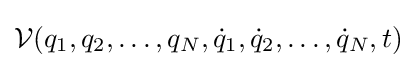
{\mathcal {V}}(q_{1},q_{2},\dots ,q_{N},{\dot {q}}_{1},{\dot {q}}_{2},\dots ,{\dot {q}}_{N},t)